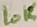
Text: 10K